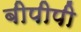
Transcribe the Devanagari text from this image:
बीपीपी